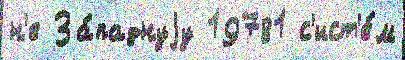
н'е За́паднуjу 19781 с'ист'е́м